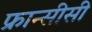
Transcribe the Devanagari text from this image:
फ्रान्सीसी